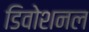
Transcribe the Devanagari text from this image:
डिवोशनल